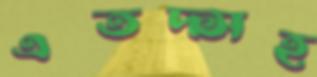
এতদ্সহ